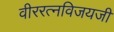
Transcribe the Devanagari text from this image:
वीररत्नविजयजी